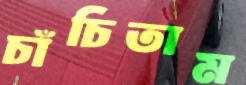
চাঁচিতাম